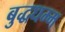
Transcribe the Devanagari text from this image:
बुद्धधम्म